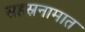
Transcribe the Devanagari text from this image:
सहस्रनामात